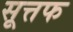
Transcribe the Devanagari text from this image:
सूत्तफ